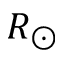
R _ { \odot }